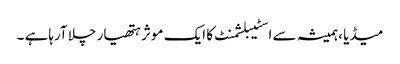
میڈیا ،ہمیشہ سے اسٹیبلشمنٹ کا ایک موثر ہتھیار چلا آرہاہے ۔